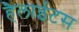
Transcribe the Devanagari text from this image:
हैलाईटस